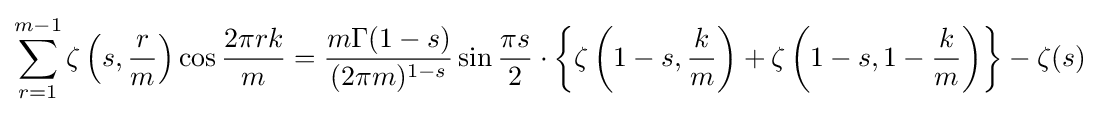
\sum _{r=1}^{m-1}\zeta \left(s,{\frac {r}{m}}\right)\cos {\dfrac {2\pi rk}{m}}={\frac {m\Gamma (1-s)}{(2\pi m)^{1-s}}}\sin {\frac {\pi s}{2}}\cdot \left\{\zeta \left(1-s,{\frac {k}{m}}\right)+\zeta \left(1-s,1-{\frac {k}{m}}\right)\right\}-\zeta (s)